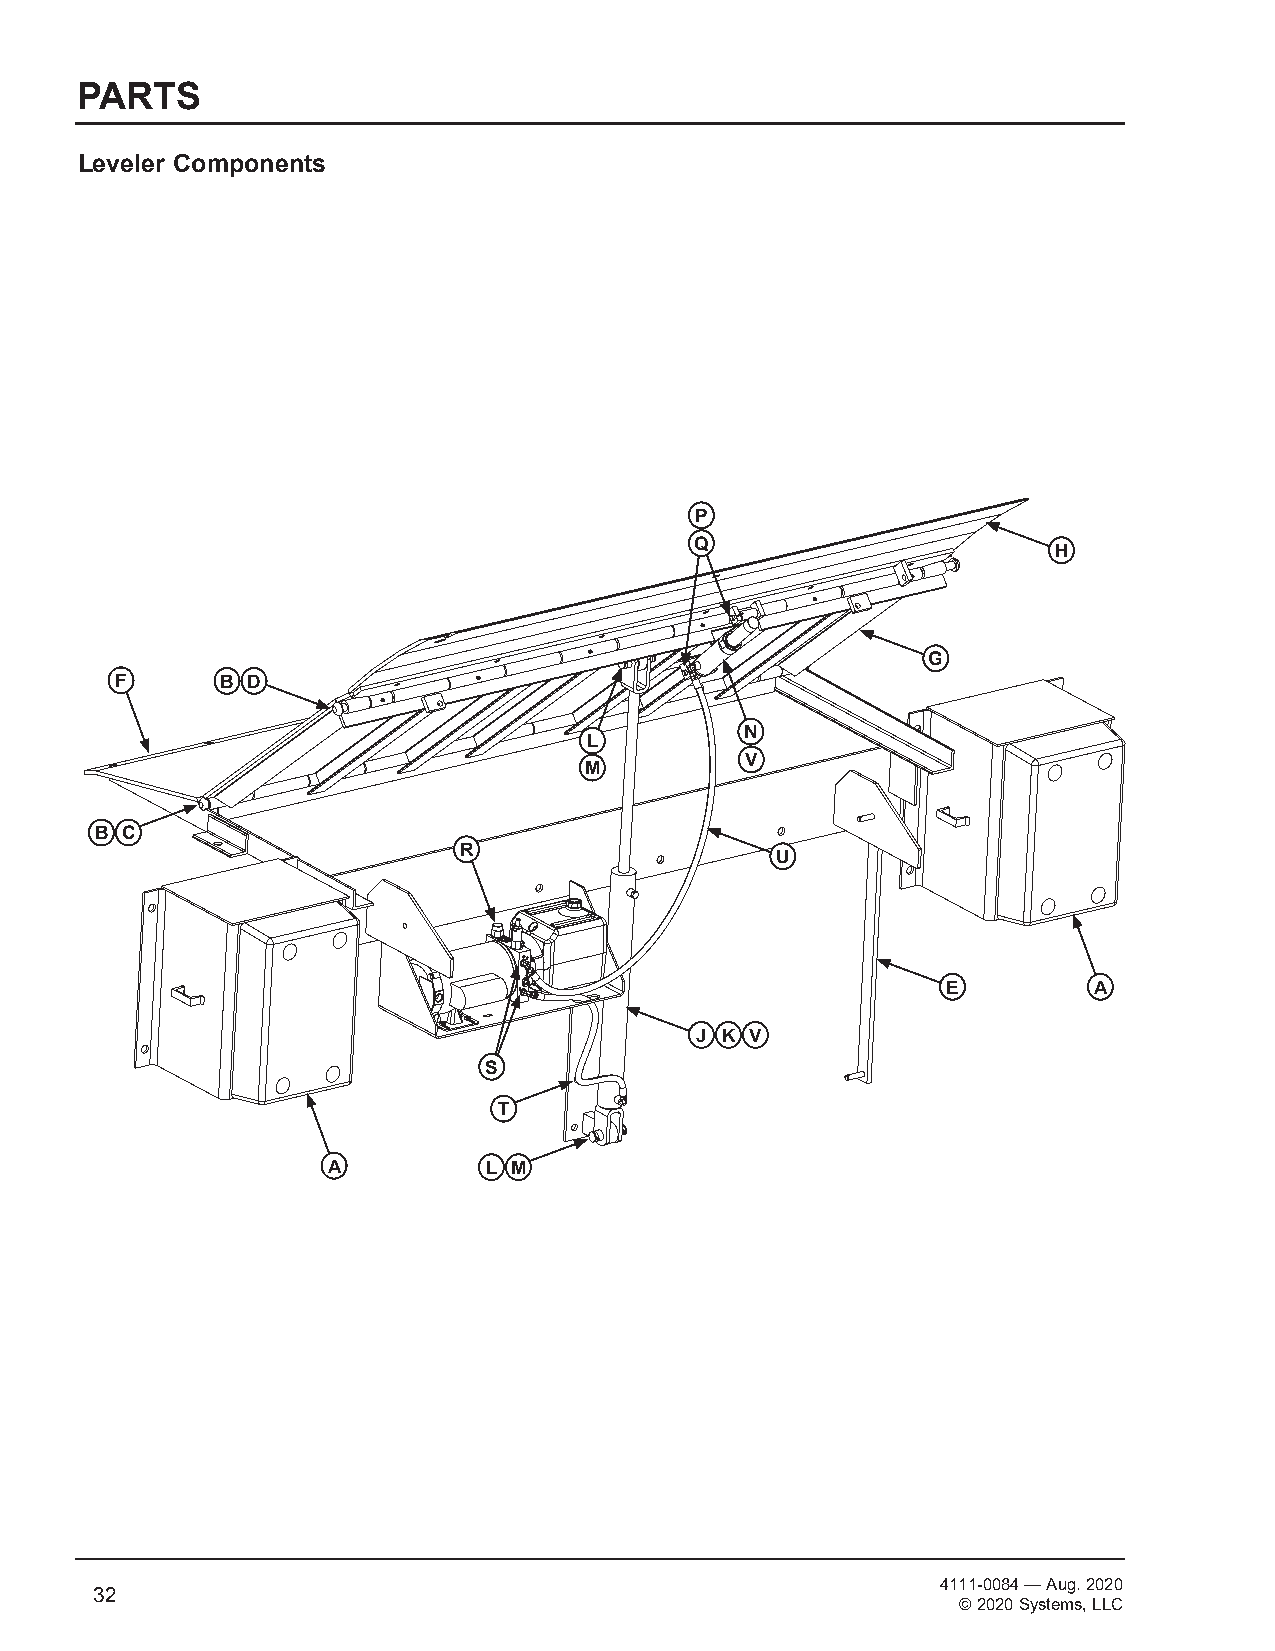
PARTS
 Leveler Components
 P
 Q
 H
 G
 F      B D
 N
 L
 V
 M
 B C
 R
 U
 E        A
 J K V
 S                                                       P O W E R A M P
 M C G U I R E
 D L M
 S Y S T E M S
 L o a d i n g D o c k E q u i p m e n t
 T                                            SM 500 DOCK LEVELER ASSEMBLY
 MATERIAL STOCK NO.
 A         L M                                          DRAWSN tBeYveRobbinCHsECKED BY DATE9/6/2019
 (UNLET SO S OL TE HR EA RWN IC SEE NS OTED)DRAWING NO.
 DF RE AC .0CI 0MT A =IO L N: .A 01L ": 1/32" HSM500
 .000 = .005"
 T s oA ufh cuiNs hs pepGr eain rnUt m dis i/L so t srAh iome nR ap tnr o:ou p bf ae ecr ttgyu1 r raoe nf atS eny dds /otoe nrm l yss ab,l yeL .L w PC roi ta tsensned s arse uip tohrnoe ros ie zf anthtt isios n ap srpiinr gotn pderoi dee t bsa y rn y ao a nt r cotioc ffnl ie cv eein ry o warnh oyic t hhpe eS rr my as uitste hsm oiorsniz, etLodL rC ae gpr eerontadt iun ocs f e Sa, ynpsyrti ena mtn od sr , a mLll L ap Cna ut te hfan ect r teauornefd . tohteh earr tricigleh tosr, ainrctilculdeis Rn Egsh Veo x Awc -nl u E st Chive Ner e 1r 8iing -, 0h 6ts 6
 4111-0084 — Aug. 2020
 32
 © 2020 Systems, LLC